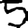
Digit: 5